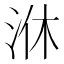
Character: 㳜